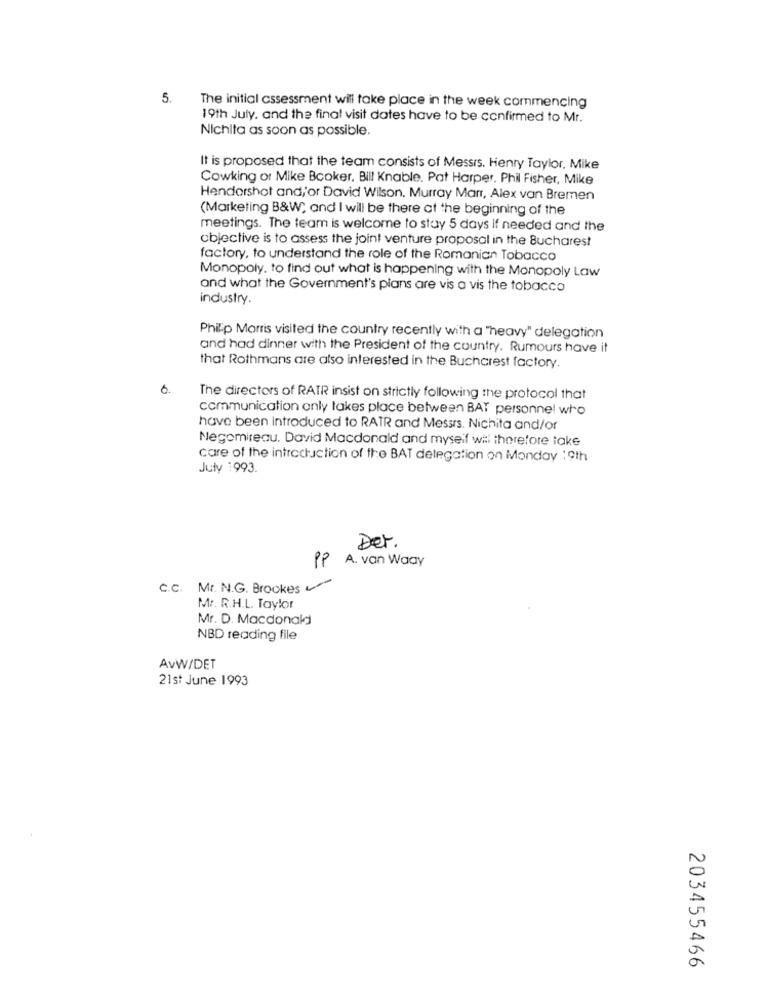
5.
The initial assessment will take place in the week commencing
19th July, and the final visit dates have to be confirmed to Mr.
Nichita as soon as possible.
It is proposed that the team consists of Messis. Henry Taylor, Mike
Cowking or Mike Booker. Bill Knable. Pat Harper. Phil Fisher, Mike
Hendershot and, or David Wilson. Murray Marr, Alex van Bremen
(Marketing B&W; and I will be there at the beginning of the
meetings. The team is welcome to stay 5 days if needed and the
objective is to assess the joint venture proposal in the Bucharest
factory, to understand the role of the Romanian Tobacco
Monopoly. to find out what is happening with the Monopoly Law
and what the Government's plans are vis a vis the tobacco
industry.
Philip Morris visited the country recently with a "heavy" delegation
and had dinner with the President of the country. Rumours have it
that Rothmans are also interested in the Bucharest factory.
6.
The directors of RATR insist on strictly following the protocol that
communication only takes place between BAT personnel who
have been introduced to RATR and Messrs. Nichita and/or
Negomireau. David Macdonald and myself wil therefore take
care of the introduction of the BAT delegation on Monday 19th
July 1993.
Det.
PP A. van Waay
C.C. Mr. N.G. Brookes
Mr. R.H.L. Taylor
Mr. D. Macdonald
NBD reading file
AvW/DET
21st June 1993
203455466